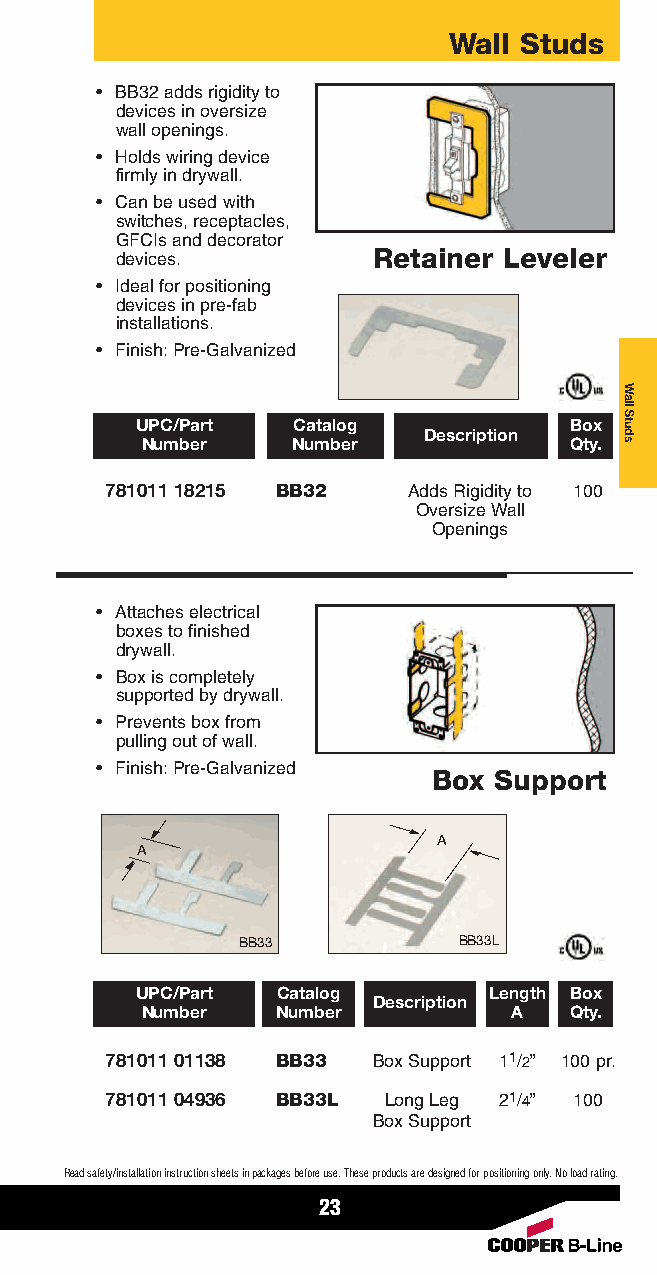
Wall Studs
 • BB32 adds rigidity to
 devices in oversize
 wall openings.
 • Holds wiring device
 firmly in drywall.
 • Can be used with
 switches, receptacles,
 GFCIs and decorator
 devices.         Retainer Leveler
 • Ideal for positioning
 devices in pre-fab
 installations.
 • Finish: Pre-Galvanized
 UPC/Part  Catalog            Box
 Description
 Number    Number             Qty.
 781011 18215 BB32   Adds Rigidity to 100
 Oversize Wall
 Openings
 • Attaches electrical
 boxes to finished
 drywall.
 • Box is completely
 supported by drywall.
 • Prevents box from
 pulling out of wall.
 • Finish: Pre-Galvanized
 Box Support
 A
 A
 BB33          BB33L
 UPC/Part Catalog       Length Box
 Description
 Number   Number          A   Qty.
 781011 01138 BB33 Box Support 11/2” 100 pr.
 781011 04936 BB33L Long Leg 21/4” 100
 Box Support
 Read safety/installation instruction sheets in packages before use. These products are designed for positioning only. No load rating.
 23
 Wall
 Studs